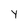
Character: Y